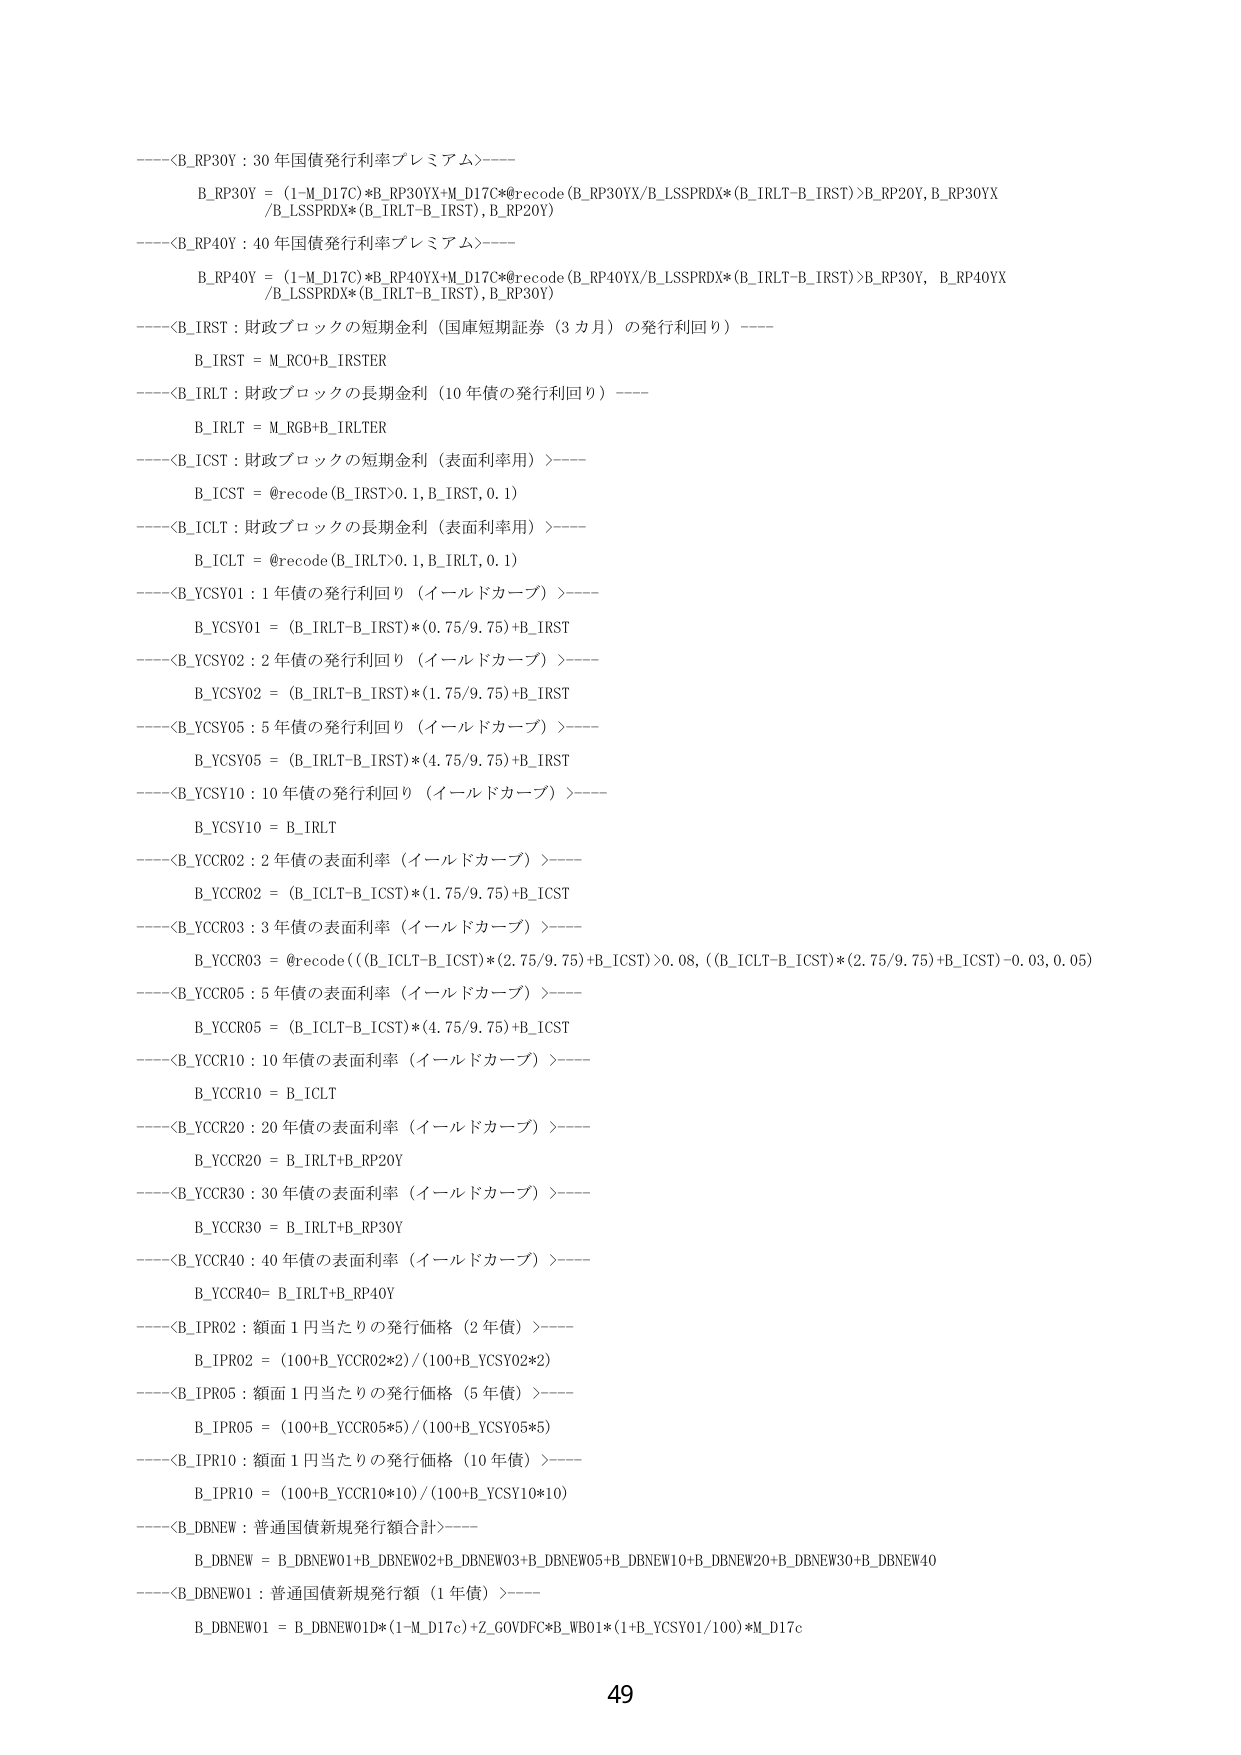
----<B_RP30Y : 30 年国債発行利率プレミアム>----
B_RP30Y = (1-M_D17C)*B_RP30YX+M_D17C*@recode(B_RP30YX/B_LSSPRDX*(B_IRLT-B_IRST)>B_RP20Y, B_RP30YX /B_LSSPRDX*(B_IRLT-B_IRST), B_RP20Y)

----<B_RP40Y : 40 年国債発行利率プレミアム>----
B_RP40Y = (1-M_D17C)*B_RP40YX+M_D17C*@recode(B_RP40YX/B_LSSPRDX*(B_IRLT-B_IRST)>B_RP30Y, B_RP40YX /B_LSSPRDX*(B_IRLT-B_IRST), B_RP30Y)

----<B_IRST : 財政ブロックの短期金利（国庫短期証券（3 カ月）の発行利回り）>----
B_IRST = M_RCO+B_IRSTER

----<B_IRLT : 財政ブロックの長期金利（10 年債の発行利回り）>----
B_IRLT = M_RGB+B_IRLTER

----<B_ICST : 財政ブロックの短期金利（表面利率用）>----
B_ICST = @recode(B_IRST>0.1, B_IRST, 0.1)

----<B_ICLT : 財政ブロックの長期金利（表面利率用）>----
B_ICLT = @recode(B_IRLT>0.1, B_IRLT, 0.1)

----<B_YCSY01 : 1 年債の発行利回り（イールドカーブ）>----
B_YCSY01 = (B_IRLT-B_IRST)*(0.75/9.75)+B_IRST

----<B_YCSY02 : 2 年債の発行利回り（イールドカーブ）>----
B_YCSY02 = (B_IRLT-B_IRST)*(1.75/9.75)+B_IRST

----<B_YCSY05 : 5 年債の発行利回り（イールドカーブ）>----
B_YCSY05 = (B_IRLT-B_IRST)*(4.75/9.75)+B_IRST

----<B_YCSY10 : 10 年債の発行利回り（イールドカーブ）>----
B_YCSY10 = B_IRLT

----<B_YCCR02 : 2 年債の表面利率（イールドカーブ）>----
B_YCCR02 = (B_ICLT-B_ICST)*(1.75/9.75)+B_ICST

----<B_YCCR03 : 3 年債の表面利率（イールドカーブ）>----
B_YCCR03 = @recode(((B_ICLT-B_ICST)*(2.75/9.75)+B_ICST)>0.08, ((B_ICLT-B_ICST)*(2.75/9.75)+B_ICST)-0.03, 0.05)

----<B_YCCR05 : 5 年債の表面利率（イールドカーブ）>----
B_YCCR05 = (B_ICLT-B_ICST)*(4.75/9.75)+B_ICST

----<B_YCCR10 : 10 年債の表面利率（イールドカーブ）>----
B_YCCR10 = B_ICLT

----<B_YCCR20 : 20 年債の表面利率（イールドカーブ）>----
B_YCCR20 = B_IRLT+B_RP20Y

----<B_YCCR30 : 30 年債の表面利率（イールドカーブ）>----
B_YCCR30 = B_IRLT+B_RP30Y

----<B_YCCR40 : 40 年債の表面利率（イールドカーブ）>----
B_YCCR40 = B_IRLT+B_RP40Y

----<B_IPR02 : 額面 1 円当たりの発行価格（2 年債）>----
B_IPR02 = (100+B_YCCR02*2)/(100+B_YCSY02*2)

----<B_IPR05 : 額面 1 円当たりの発行価格（5 年債）>----
B_IPR05 = (100+B_YCCR05*5)/(100+B_YCSY05*5)

----<B_IPR10 : 額面 1 円当たりの発行価格（10 年債）>----
B_IPR10 = (100+B_YCCR10*10)/(100+B_YCSY10*10)

----<B_DBNEW : 普通国債新規発行額合計>----
B_DBNEW = B_DBNEW01+B_DBNEW02+B_DBNEW03+B_DBNEW05+B_DBNEW10+B_DBNEW20+B_DBNEW30+B_DBNEW40

----<B_DBNEW01 : 普通国債新規発行額（1 年債）>----
B_DBNEW01 = B_DBNEW01D*(1-M_D17c)+Z_GOVDFC*B_WB01*(1+B_YCSY01/100)*M_D17c

49